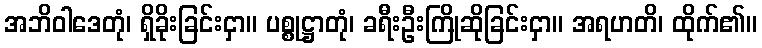
အဘိဝါဒေတုံ၊ ရှိခိုးခြင်းငှာ။ ပစ္စုဋ္ဌာတုံ၊ ခရီးဦးကြိုဆိုခြင်းငှာ။ အရဟတိ၊ ထိုက်၏။